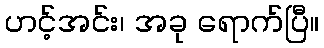
ဟင့်အင်း၊ အခု ရောက်ပြီ။